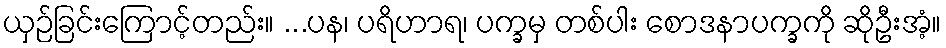
ယှဉ်ခြင်းကြောင့်တည်း။ ...ပန၊ ပရိဟာရ၊ ပက္ခမှ တစ်ပါး စောဒနာပက္ခကို ဆိုဦးအံ့။